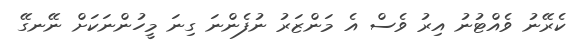
ކެރޭނު ވެއްޓުނު އިރު ވެސް އެ މަންޒަރު ނުފެންނަ ގިނަ މީހުންނަކަށް ނޭނގޭ